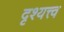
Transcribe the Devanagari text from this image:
दृश्‍यत्त्व